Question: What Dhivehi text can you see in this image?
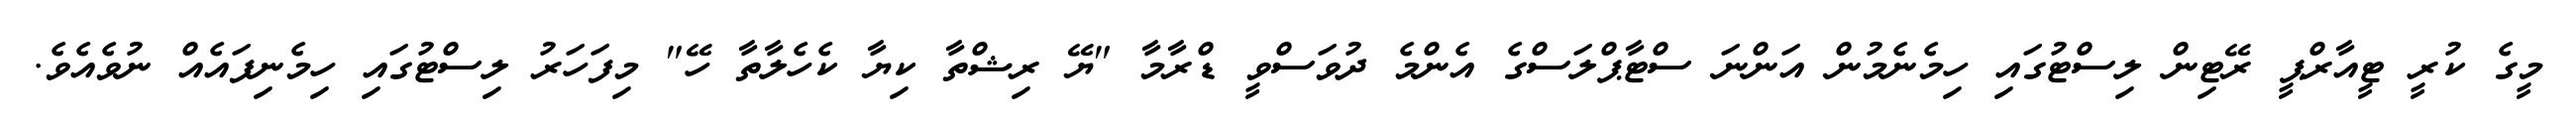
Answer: މީގެ ކުރީ ޓީއާރްޕީ ރޭޓިން ލިސްޓުގައި ހިމެނެމުން އަންނަ ސްޓާޕްލަސްގެ އެންމެ ދުވަސްވީ ޑްރާމާ "ޔޭ ރިޝްތާ ކިޔާ ކެހެލާތާ ހޭ" މިފަހަރު ލިސްޓުގައި ހިމެނިފައެއް ނުވެއެވެ.